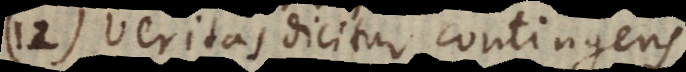
12) veritas dicitur contingens